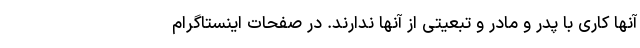
آنها کاری با پدر و مادر و تبعیتی از آنها ندارند. در صفحات اینستاگرام